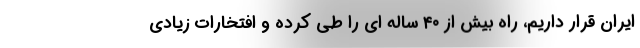
ایران قرار داریم، راه بیش از ۴۰ ساله ای را طی کرده و افتخارات زیادی